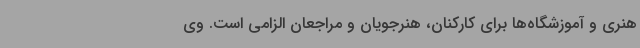
هنری و آموزشگاه‌ها برای کارکنان، هنرجویان و مراجعان الزامی است. وی